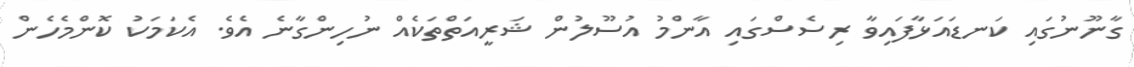
ގާނޫނުގައި ކަނޑައަޅާފައިވާ ރިސެސްގައި އާންމު އުސޫލުން ޝަރީއަތްތަކެއް ނުހިންގާނެ އެވެ. އެކަމަކު ކޮންމެހެން